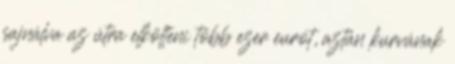
sajnálva az útra elkölteni több ezer eurót, aztán kurvának